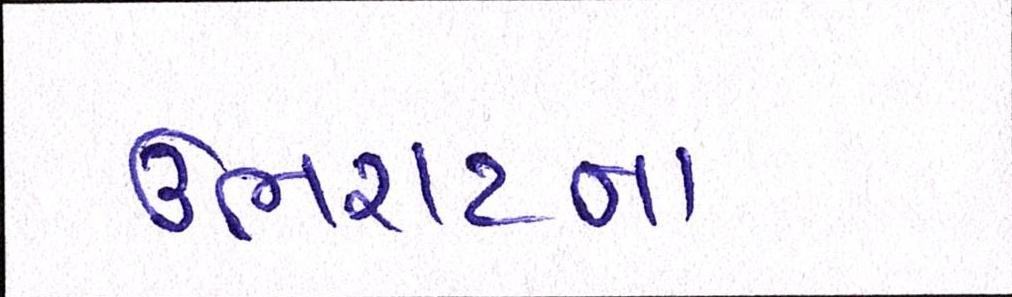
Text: ઉભરાટના